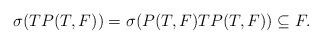
LaTeX: \begin{align*}\sigma(TP(T,F))=\sigma(P(T,F)TP(T,F))\subseteq F.\end{align*}